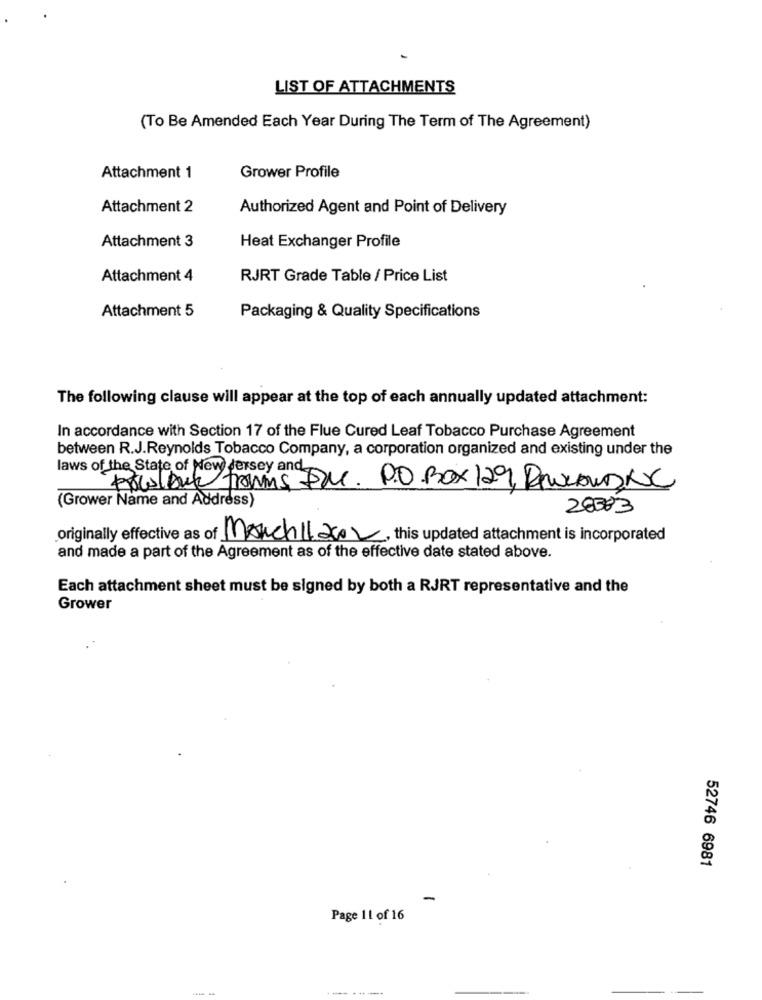
LIST OF ATTACHMENTS
(To Be Amended Each Year During The Term of The Agreement)
Attachment 1
Grower Profile
Attachment 2
Authorized Agent and Point of Delivery
Attachment 3
Heat Exchanger Profile
Attachment 4
RJRT Grade Table / Price List
Attachment 5
Packaging & Quality Specifications
The following clause will appear at the top of each annually updated attachment:
In accordance with Section 17 of the Flue Cured Leaf Tobacco Purchase Agreement
between R.J.Reynolds Tobacco Company, a corporation organized and existing under the
laws of the State of New Jersey and
Poulbuy fromms PM. P.O. BOX 129, ROWLAND NC
EREBZ
(Grower Name and Address)
originally effective as of March112002, this updated attachment is incorporated
and made a part of the Agreement as of the effective date stated above.
Each attachment sheet must be signed by both a RJRT representative and the
Grower
52746 6981
-
Page 11 of 16
. .....